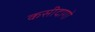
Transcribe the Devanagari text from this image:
कसीदागो